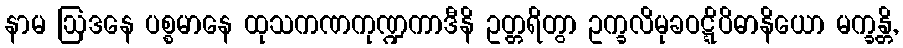
နာမ ဩဒနေ ပစ္စမာနေ ထုသကဏကုဏ္ဍကာဒီနိ ဥတ္တရိတွာ ဥက္ခလိမုခဝဋ္ဋိပိဓာနိယော မက္ခန္တိ,